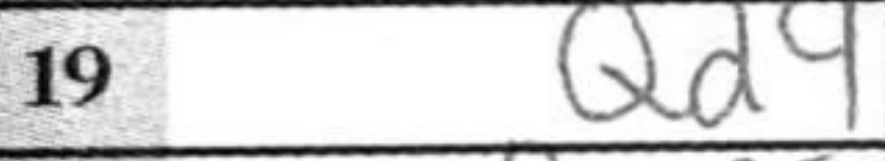
Transcription: Qd4